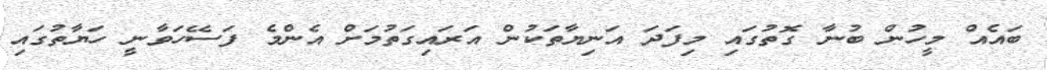
ބައެއް މީހުން ބުނާ ގޮތުގައި މިފަދަ އަނިޔާތަކުން އަރައިގަތުމަށް އެންމެ ފަސޭހަވާނީ ހަޔާތުގައި